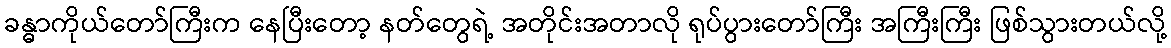
ခန္ဓာကိုယ်တော်ကြီးက နေပြီးတော့ နတ်တွေရဲ့ အတိုင်းအတာလို ရုပ်ပွားတော်ကြီး အကြီးကြီး ဖြစ်သွားတယ်လို့